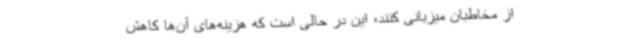
از مخاطبان میزبانی کنند؛ این در حالی است که هزینه‌های آن‌ها کاهش